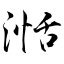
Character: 湉